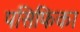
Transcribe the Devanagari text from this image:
पसिफिका